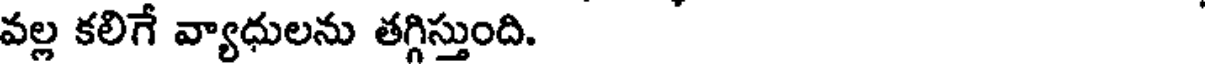
వల్ల కలిగే వ్యాధులను తగ్గిస్తుంది.